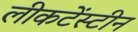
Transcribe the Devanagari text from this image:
लीकटेंस्टीन